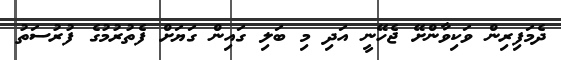
ދެމަފިރިން ވަކިވާންށޭ ޖެހޭނީ އަދި މި ބަލި ގައިން ގަޔަށް ފެތުރުމުގެ ފުރުސަތު